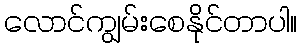
လောင်ကျွမ်းစေနိုင်တာပါ။